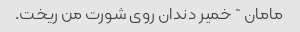
مامان ~ خمیر دندان روی شورت من ریخت.